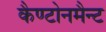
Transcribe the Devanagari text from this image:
कैण्टोनमैन्ट